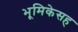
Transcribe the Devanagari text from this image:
भूमिकेसह